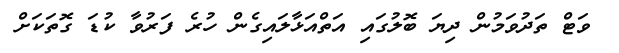
ވަޓް ތަދުވަމުން ދިޔަ ބޮލުގައި އަތްއަޅާލައިގެން ހުރެ ފަރުވާ ކުޑަ ގޮތަކަށް